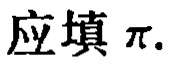
应填$\pi$.